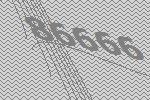
86666